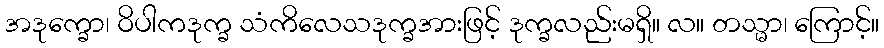
အဒုက္ခော၊ ဝိပါကဒုက္ခ သံကိလေသဒုက္ခအားဖြင့် ဒုက္ခလည်းမရှိ။ လ။ တသ္မာ၊ ကြောင့်။